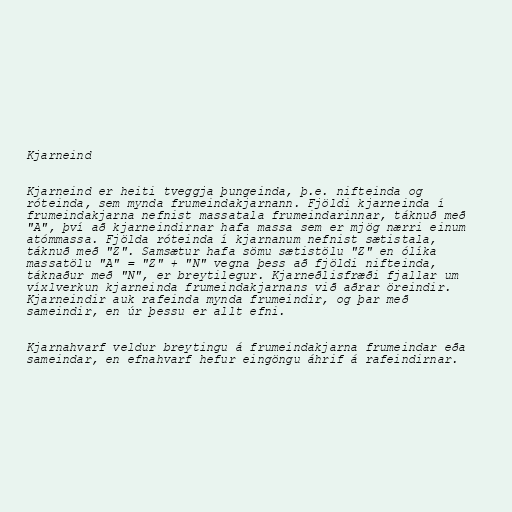
Kjarneind

Kjarneind er heiti tveggja þungeinda, þ.e. nifteinda og
róteinda, sem mynda frumeindakjarnann. Fjöldi kjarneinda í
frumeindakjarna nefnist massatala frumeindarinnar, táknuð með
"A", því að kjarneindirnar hafa massa sem er mjög nærri einum
atómmassa. Fjölda róteinda í kjarnanum nefnist sætistala,
táknuð með "Z". Samsætur hafa sömu sætistölu "Z" en ólíka
massatölu "A" = "Z" + "N" vegna þess að fjöldi nifteinda,
táknaður með "N", er breytilegur. Kjarneðlisfræði fjallar um
víxlverkun kjarneinda frumeindakjarnans við aðrar öreindir.
Kjarneindir auk rafeinda mynda frumeindir, og þar með
sameindir, en úr þessu er allt efni.

Kjarnahvarf veldur breytingu á frumeindakjarna frumeindar eða
sameindar, en efnahvarf hefur eingöngu áhrif á rafeindirnar.